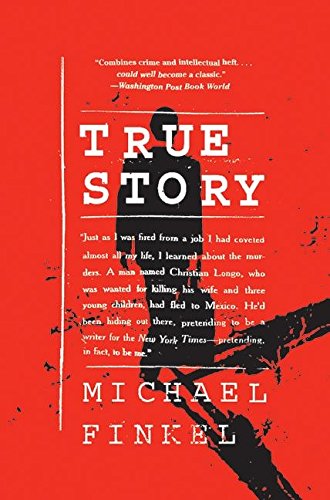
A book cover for True Story: Murder, Memoir, Mea Culpa; Michael Finkel; Biographies & Memoirs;